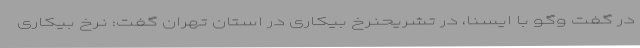
در گفت وگو با ایسنا، در تشریحنرخ بیکاری در استان تهران گفت: نرخ بیکاری